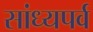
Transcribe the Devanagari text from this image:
सांध्यपर्व